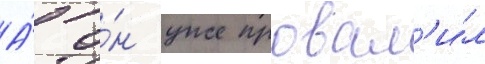
А́ о́н уже провал'и́л